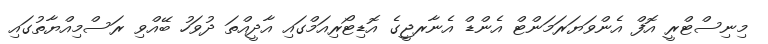
މިނިސްޓްރީ އޮފް އެންވަޔަރަމަންޓް އެންޑް އެނާރޖީގެ އޮޑިޓޯރިއަމްގައި އާދީއްތަ ދުވަހު ބޭއްވި ރަސްމިއްޔާތުގައި